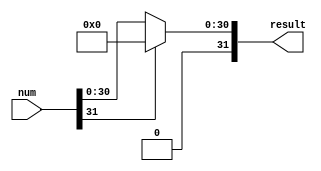
`timescale 1ns / 1ps

`ifndef _relu
`define _relu

module ReLU (input      [31:0] num,
             output reg [31:0] result);

    always @ (num) begin
        if (num[31] == 1'b1)  // number is negative
            result = 32'h0000_0000;  // 2 ^ -127, approx. 0
        else
            result = num;
    end
endmodule
`endif // _relu